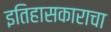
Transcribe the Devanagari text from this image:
इतिहासकाराचा